Calcutta medical institutions reports 1871-78
Year: 1871
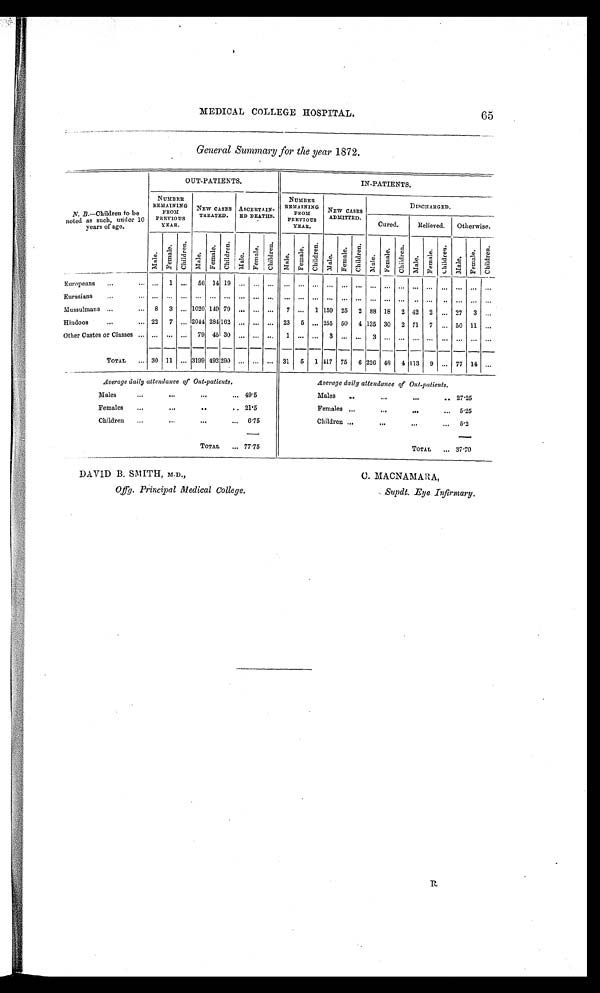
MEDICAL COLLEGE HOSPITAL.
65
General Summary for the year 1872.
N. B.—Children to be
noted as such, under 10
years of age.
OUT-PATIENTS.
IN-PATIENTS.
NUMBER
REMAINING
FROM
PREVIOUS
YEAR.
NEW CASES
TREATED.
ASCERTAIN-
ED DEATHS.
NUMBER
REMAINING
FROM
PREVIOUS
YEAR.
NEW CASES
ADMITTED.
DISCHARGED.
Cured.
Relieved. Otherwise.
Ma l e .
F e m a l e . Ch i l d r e n .
Mal e.
F e ma l e . Ch i l d r e n .
Mal e. f e m a l e .
Chi l dr e n.
Mal e.
F e ma l e . Ch i l d r e n .
Mal e.
F e ma l e . Ch i l d r e n .
Ma l e .
F e m a l e .
Ch i l d r e n .
Ma l e .
F e ma l e . C h i l d r e n . Ma l e . F e ma l e . C h i l d r e n .
Europeans
. . . 1 . . .
56 14
1 9 . . . . . . . . .
. . . . . . . . . . . . . . . . . .
. . . . . . . . . . . . . . . . . . ... . . . . . .
Eurasians
... ... ... ... ... ... ... ... ... ... ... ... ... ... ... ... ... ... .. ... .. ... ... ...
Mussulmans
8 3 ... 1020 149 79 ... ... ... 7 ... 1 159 25 2 88 18 2 42 2 ... 27 3 ...
Hindoos
22 7 ... 2044 284 162 ... ... ... 23 5 ... 255 50 4 135 30 2 71 7 ... 50 11 ...
Other Castes or Classes
... ... ... 79 45 30 ... ... ... 1 ... ... 3 ... ... 3 ... ... ... ... ... ...
. . . ...
TOTAL
30 11 ... 3199 492 290 ... ... ... 31 5 1 417 75 6 226 48 4 113 9 ... 77 14 ...
Average daily attendance of Out-patients.
Average daily attendance of Out-patients.
Males
...
. . .
...
495
Males
. . .
...
...
27.25
Females ...
...
...
21.5
Females ...
...
...
5.25
Children ...
...
...
6.75
Children ...
. . .
...
5.2
TOTAL
77.75
TOTAL
37.70
DAVID B. SMITH, M.D.,
C. MACNAMARA,
Offq. Principal Medical College.
Supdt. Eye Infirmary.